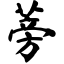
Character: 蒡